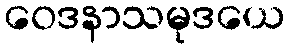
ဝေဒနာသမုဒယေ